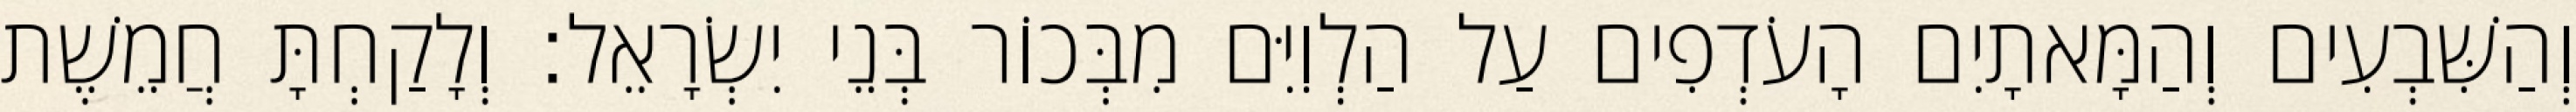
וְהַשִּׁבְעִים וְהַמָּאתָיִם הָעֹדְפִים עַל הַלְוִיִּם מִבְּכוֹר בְּנֵי יִשְׂרָאֵל׃ וְלָקַחְתָּ חֲמֵשֶׁת